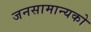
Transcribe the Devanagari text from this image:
जनसामान्‍यको